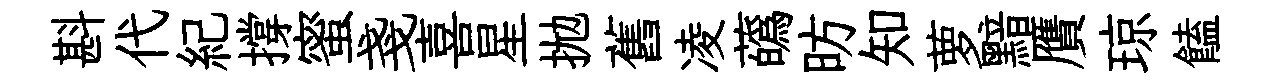
斟代紀撐蜜戔喜星拋舊凌蘤昉知萝黯贋琼饁